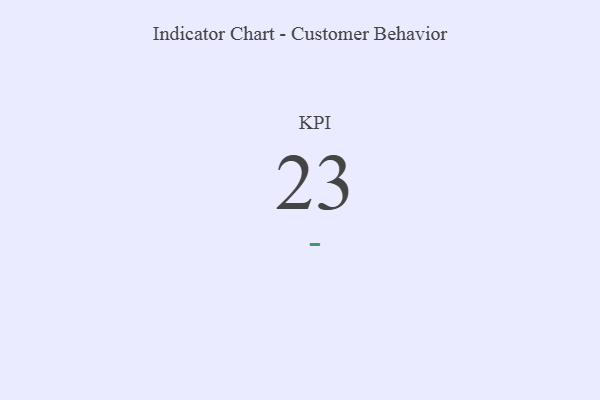
{"axis": {"x": "KPI", "y": "Value"}, "legend": [""], "data": [{"x": "KPI", "y": 23, "type": ""}]}